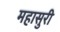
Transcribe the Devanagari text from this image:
महासुरी